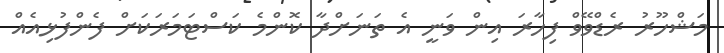
މަޝްހޫރު ރެޑްވޭވް ފިހާރަ އިން ވަނީ އެ ތަނަށްދާ ކޮންމެ ކަސްޓަމަރަކަށް ފެންފުޅިއެއް